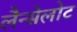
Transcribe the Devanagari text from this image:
लैन्सेलोट